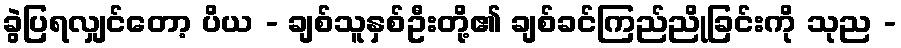
ခွဲပြရလျှင်တော့ ပိယ - ချစ်သူနှစ်ဦးတို့၏ ချစ်ခင်ကြည်ညိုခြင်းကို သုည -